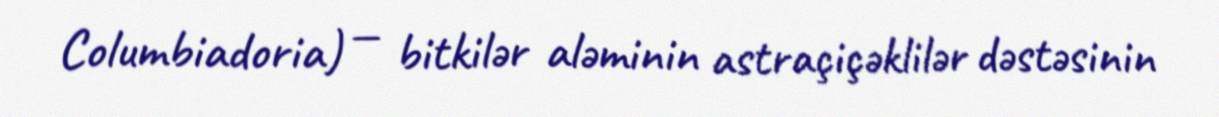
Columbiadoria) — bitkilər aləminin astraçiçəklilər dəstəsinin